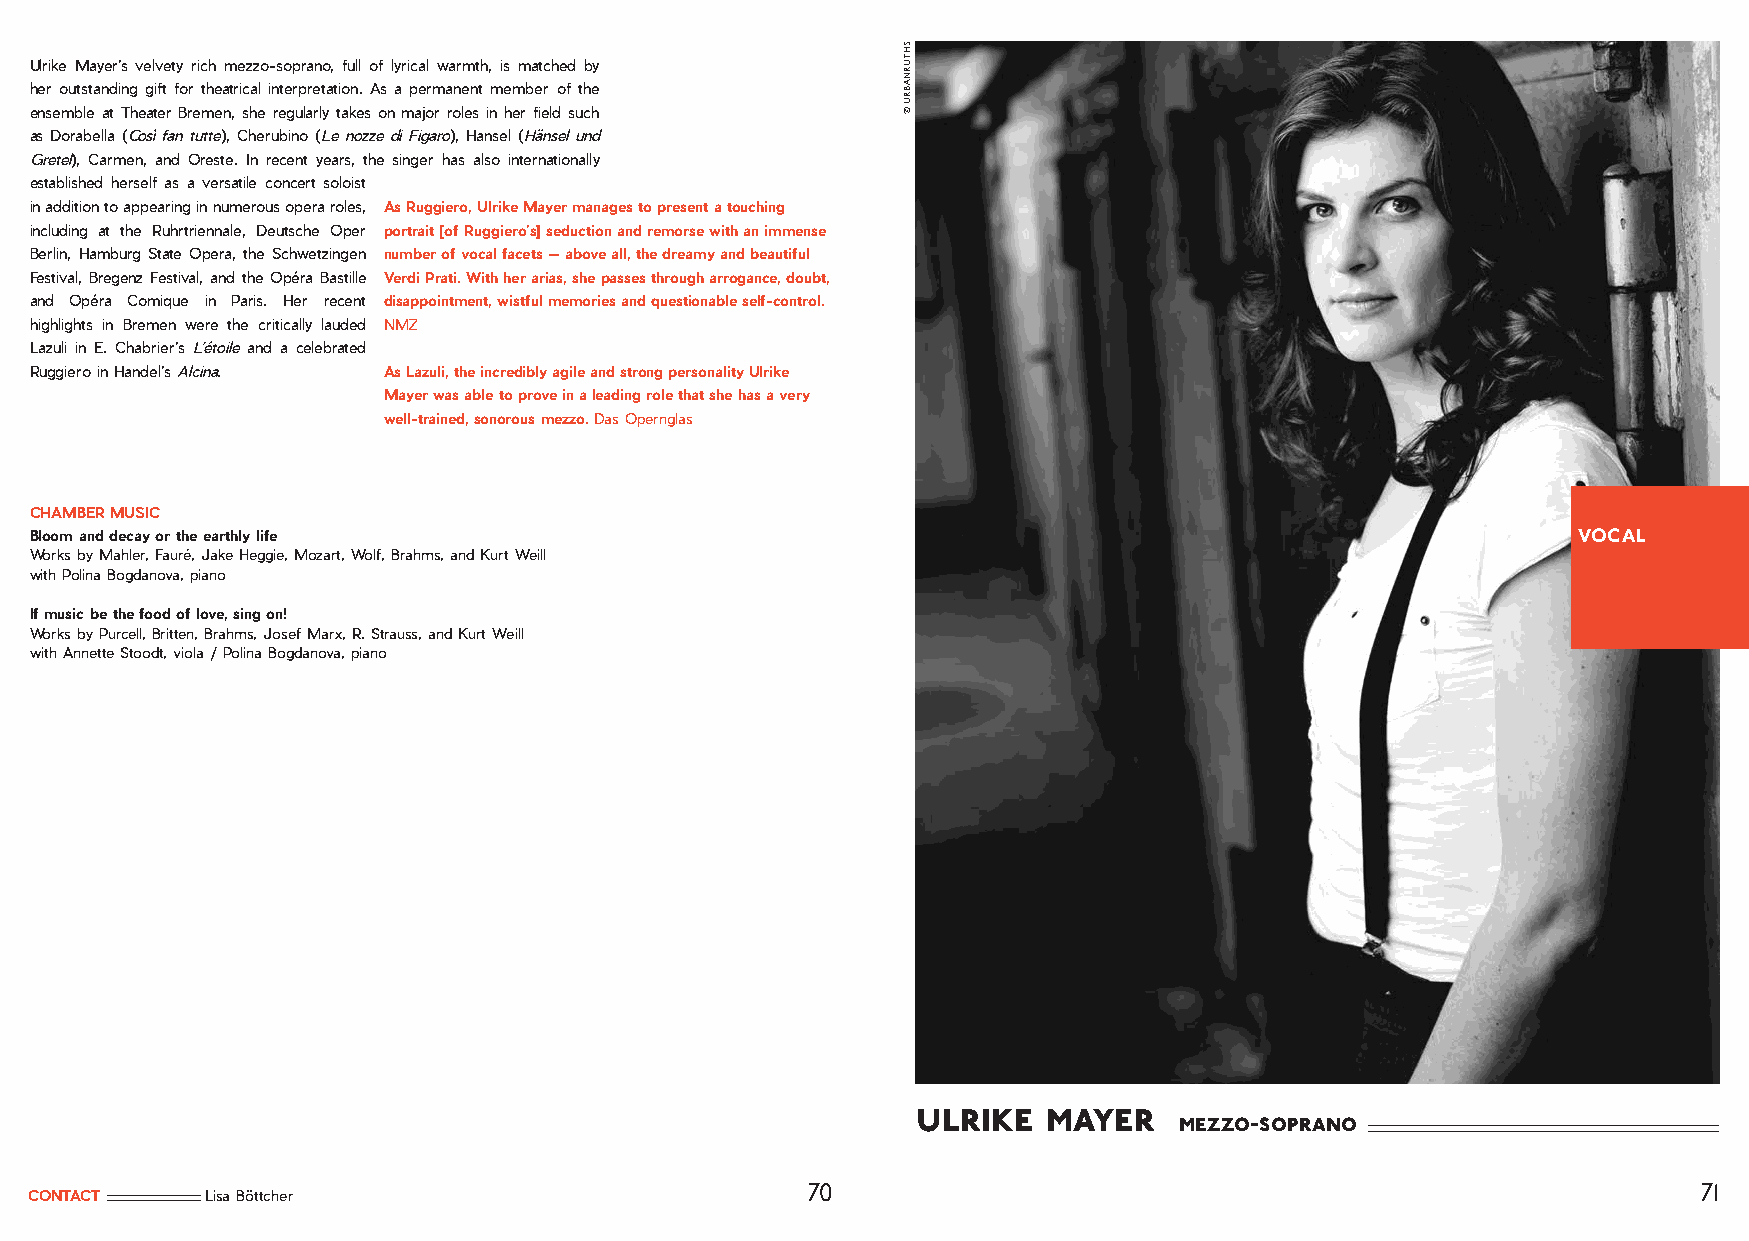
Ulrike Mayer’s velvety rich mezzo-soprano, full of lyrical warmth, is matched by
 her outstanding gift for theatrical interpretation. As a permanent member of the
 ensemble at Theater Bremen, she regularly takes on major roles in her field such
 as Dorabella (Così fan tutte), Cherubino (Le nozze di Figaro), Hansel (Hänsel und
 Gretel), Carmen, and Oreste. In recent years, the singer has also internationally
 established herself as a versatile concert soloist
 in addition to appearing in numerous opera roles, As Ruggiero, Ulrike Mayer manages to present a touching
 including at the Ruhrtriennale, Deutsche Oper portrait [of Ruggiero’s] seduction and remorse with an immense
 Berlin, Hamburg State Opera, the Schwetzingen number of vocal facets — above all, the dreamy and beautiful
 Festival, Bregenz Festival, and the Opéra Bastille Verdi Prati. With her arias, she passes through arrogance, doubt,
 and Opéra Comique in Paris. Her recent disappointment, wistful memories and questionable self-control.
 highlights in Bremen were the critically lauded NMZ
 Lazuli in E. Chabrier’s L’étoile and a celebrated
 Ruggiero in Handel’s Alcina. As Lazuli, the incredibly agile and strong personality Ulrike
 Mayer was able to prove in a leading role that she has a very
 well-trained, sonorous mezzo. Das Opernglas
 CHAMBER MUSIC
 Bloom and decay or the earthly life                                                                   VOCAL
 Works by Mahler, Fauré, Jake Heggie, Mozart, Wolf, Brahms, and Kurt Weill
 with Polina Bogdanova, piano
 If music be the food of love, sing on!
 Works by Purcell, Britten, Brahms, Josef Marx, R. Strauss, and Kurt Weill
 with Annette Stoodt, viola / Polina Bogdanova, piano
 ulrike  mayer
 mezzo-soprano
 70                                                         71
 CONTACT     Lisa Böttcher
 SHTURNABRU
 ©